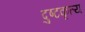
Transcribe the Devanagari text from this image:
दुष्टकृत्य